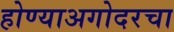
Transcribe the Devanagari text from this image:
होण्याअगोदरचा